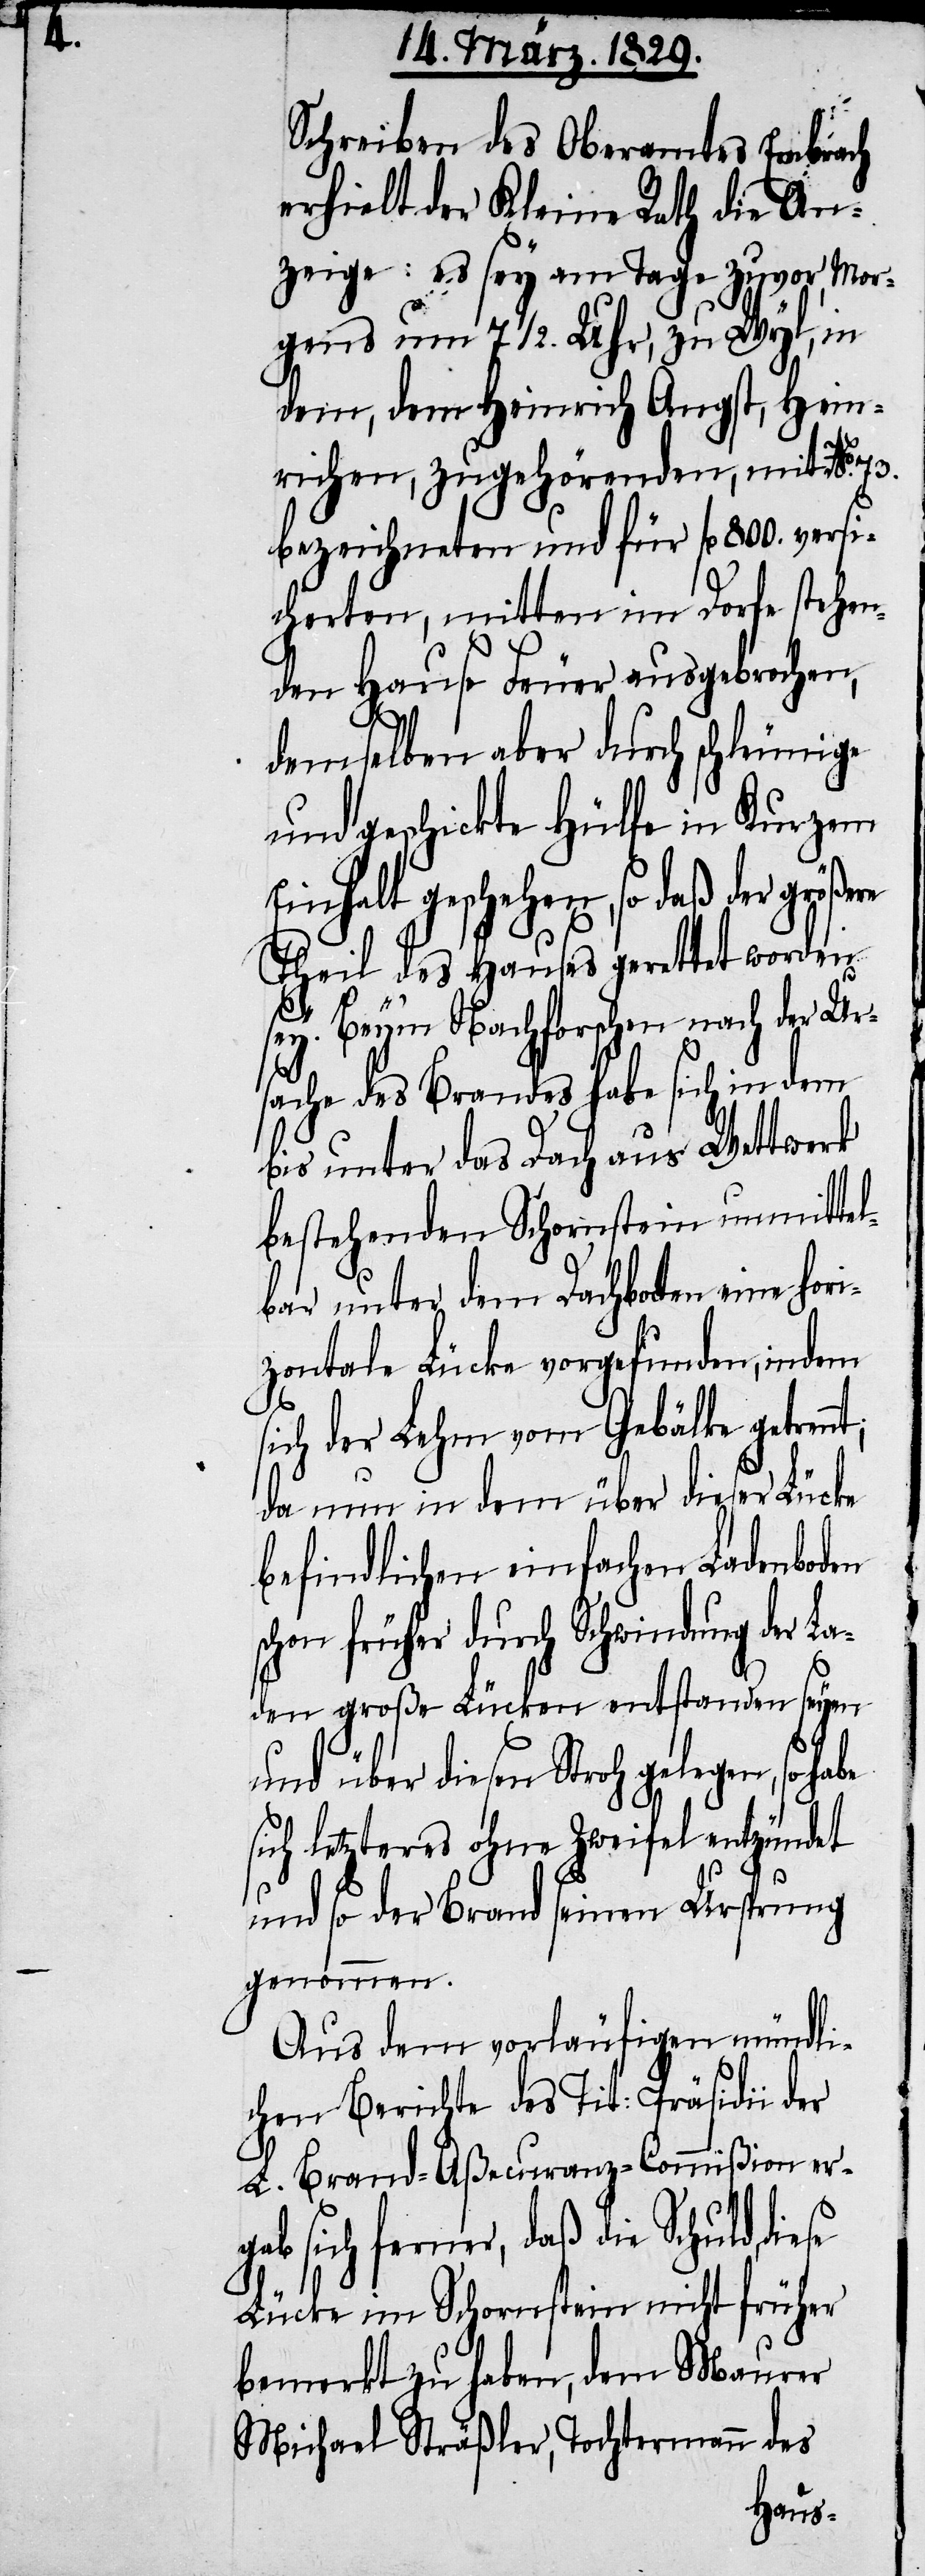
Schreiben des Oberamtes Embrach
erhielt der Kleine Rath die An¬
zeige: es sey am Tage zuvor, Mor¬
gens um 7½. Uhr, zu Wyl, in
dem, dem Heinrich Angst, Hein¬
richen, zugehörenden, mit No.
bezeichneten und für fl. 800. versi¬
cherten, mitten im Dorfe stehen¬
den Hause Feuer ausgebrochen,
demselben aber durch schleunige
und geschickte Hülfe in Kurzem
Einhalt geschehen, so daß der größte
Theil des Hauses gerettet worden
sey. Bey‘m Nachforschen nach der Ur¬
sache des Brandes habe sich in dem
bis unter das Dach aus Wettwerk
bestehenden Schornstein unmittel¬
bar unter dem Dachboden eine hor¬
izontale Lücke vorgefunden, indem
sich der Lehm von Gebälke getren¬
da nun in dem über dieser Lücke
befindlichen einfachen Ladenboden
schon früher durch Schwindung der La¬
den große Lücken entstanden seyen
und über diesen Stroh gelegen, so
sich letzteres ohne Zweifel entzündet
nt;
und so der Brand seinen Ursprung
genommen.
Aus dem vorläufigen mündli¬
chen Berichte der Tit: Präsidii der
L. Brand-Aßecuranz-Commißion erg¬
ab sich ferner, daß die Schuld,
Lücke im Schornstein nicht früher
bemerkt zu haben, dem Maurer
Michael Sträßler, Tochtermann des